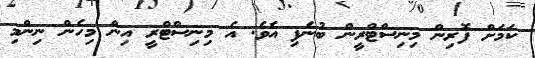
ކަމަށް ފޮރިން މިނިސްޓްރީން ބުނެފި އެވެ. އެ މިނިސްޓްރީ އިން މިހެން ނިންމި